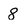
Character: 8